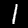
Digit: 1